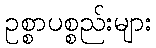
ဥစ္စာပစ္စည်းများ